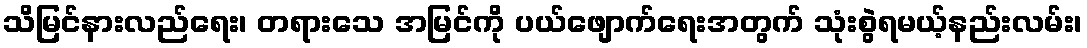
သိမြင်နားလည်ရေး၊ တရားသေ အမြင်ကို ပယ်ဖျောက်ရေးအတွက် သုံးစွဲရမယ့်နည်းလမ်း၊